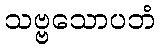
သဗ္ဗသောပဘံ